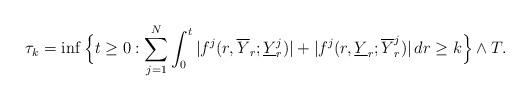
LaTeX: \begin{align*}\tau_k=\inf\Big\{t\ge 0:\sum_{j=1}^N\int_0^t|f^j(r,\overline{Y}_r;\underline{Y}^j_r)|+|f^j(r,\underline{Y}_r;\overline{Y}^j_r)|\,dr\ge k\Big\}\wedge T.\end{align*}